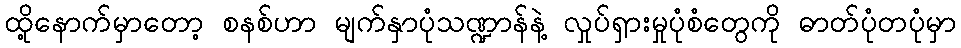
ထို့နောက်မှာတော့ စနစ်ဟာ မျက်နှာပုံသဏ္ဍာန်နဲ့ လှုပ်ရှားမှုပုံစံတွေကို ဓာတ်ပုံတပုံမှာ